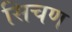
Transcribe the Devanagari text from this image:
सिचण